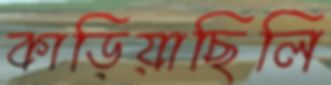
কাড়িয়াছিলি